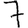
Digit: 7